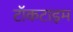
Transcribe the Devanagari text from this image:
टॉकटाइम